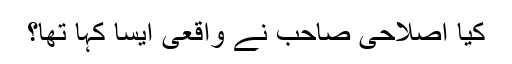
کیا اصلاحی صاحب نے واقعی ایسا کہا تھا؟